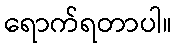
ရောက်ရတာပါ။